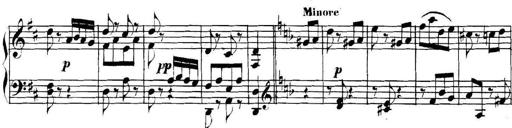
Title: Collected Piano Sonatas
Composer: Muzio Clementi